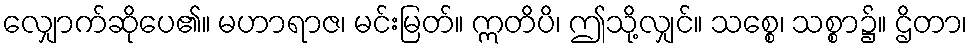
လျှောက်ဆိုပေ၏။ မဟာရာဇ၊ မင်းမြတ်။ ဣတိပိ၊ ဤသို့လျှင်။ သစ္စေ၊ သစ္စာ၌။ ဌိတာ၊